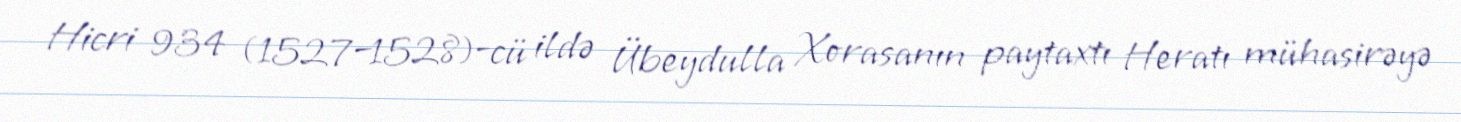
Hicri 934 (1527–1528)-cü ildə Übeydulla Xorasanın paytaxtı Heratı mühasirəyə